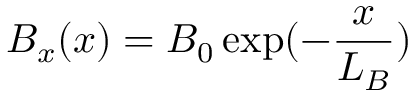
B _ { x } ( x ) = B _ { 0 } \exp ( - \frac { x } { L _ { B } } )